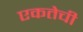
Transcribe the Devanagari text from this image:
एकतेची